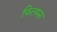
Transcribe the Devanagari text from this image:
फिलम्स